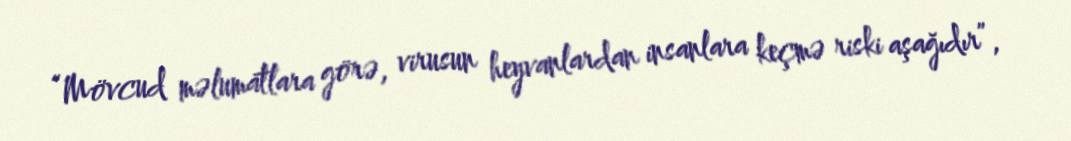
“Mövcud məlumatlara görə, virusun heyvanlardan insanlara keçmə riski aşağıdır”,